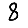
Digit: 8